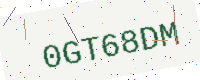
Text: 0GT68DM